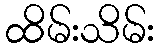
ထိမ်းသိမ်း